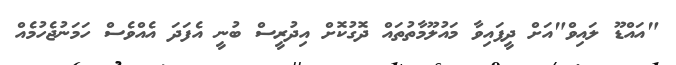
"އައްޑޫ ލައިވް"އަށް ދީފައިވާ މައުލޫމާތުތައް ދޮގުކޮށް އިދުރީސް ބުނީ އެފަދަ އެއްވެސް ހަމަނުޖެހުމެއް